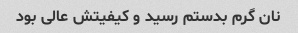
نان گرم بدستم رسید و کیفیتش عالی بود